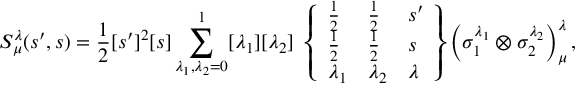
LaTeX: S _ { \mu } ^ { \lambda } ( s ^ { \prime } , s ) = { \frac { 1 } { 2 } } [ s ^ { \prime } ] ^ { 2 } [ s ] \sum _ { \lambda _ { 1 } , \lambda _ { 2 } = 0 } ^ { 1 } [ \lambda _ { 1 } ] [ \lambda _ { 2 } ] \ \left\{ \begin{array} { l l l } { { { \textstyle { \frac { 1 } { 2 } } } } } & { { { \textstyle { \frac { 1 } { 2 } } } } } & { { s ^ { \prime } } } \\ { { { \textstyle { \frac { 1 } { 2 } } } } } & { { { \textstyle { \frac { 1 } { 2 } } } } } & { { s } } \\ { { \lambda _ { 1 } } } & { { \lambda _ { 2 } } } & { { \lambda } } \end{array} \right\} \left( \sigma _ { 1 } ^ { \lambda _ { 1 } } \otimes \sigma _ { 2 } ^ { \lambda _ { 2 } } \right) _ { \mu } ^ { \lambda } ,